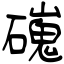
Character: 䃬